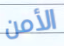
الأمن